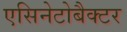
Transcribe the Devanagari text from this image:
एसिनेटोबैक्टर